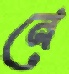
নে